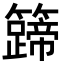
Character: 𬖀